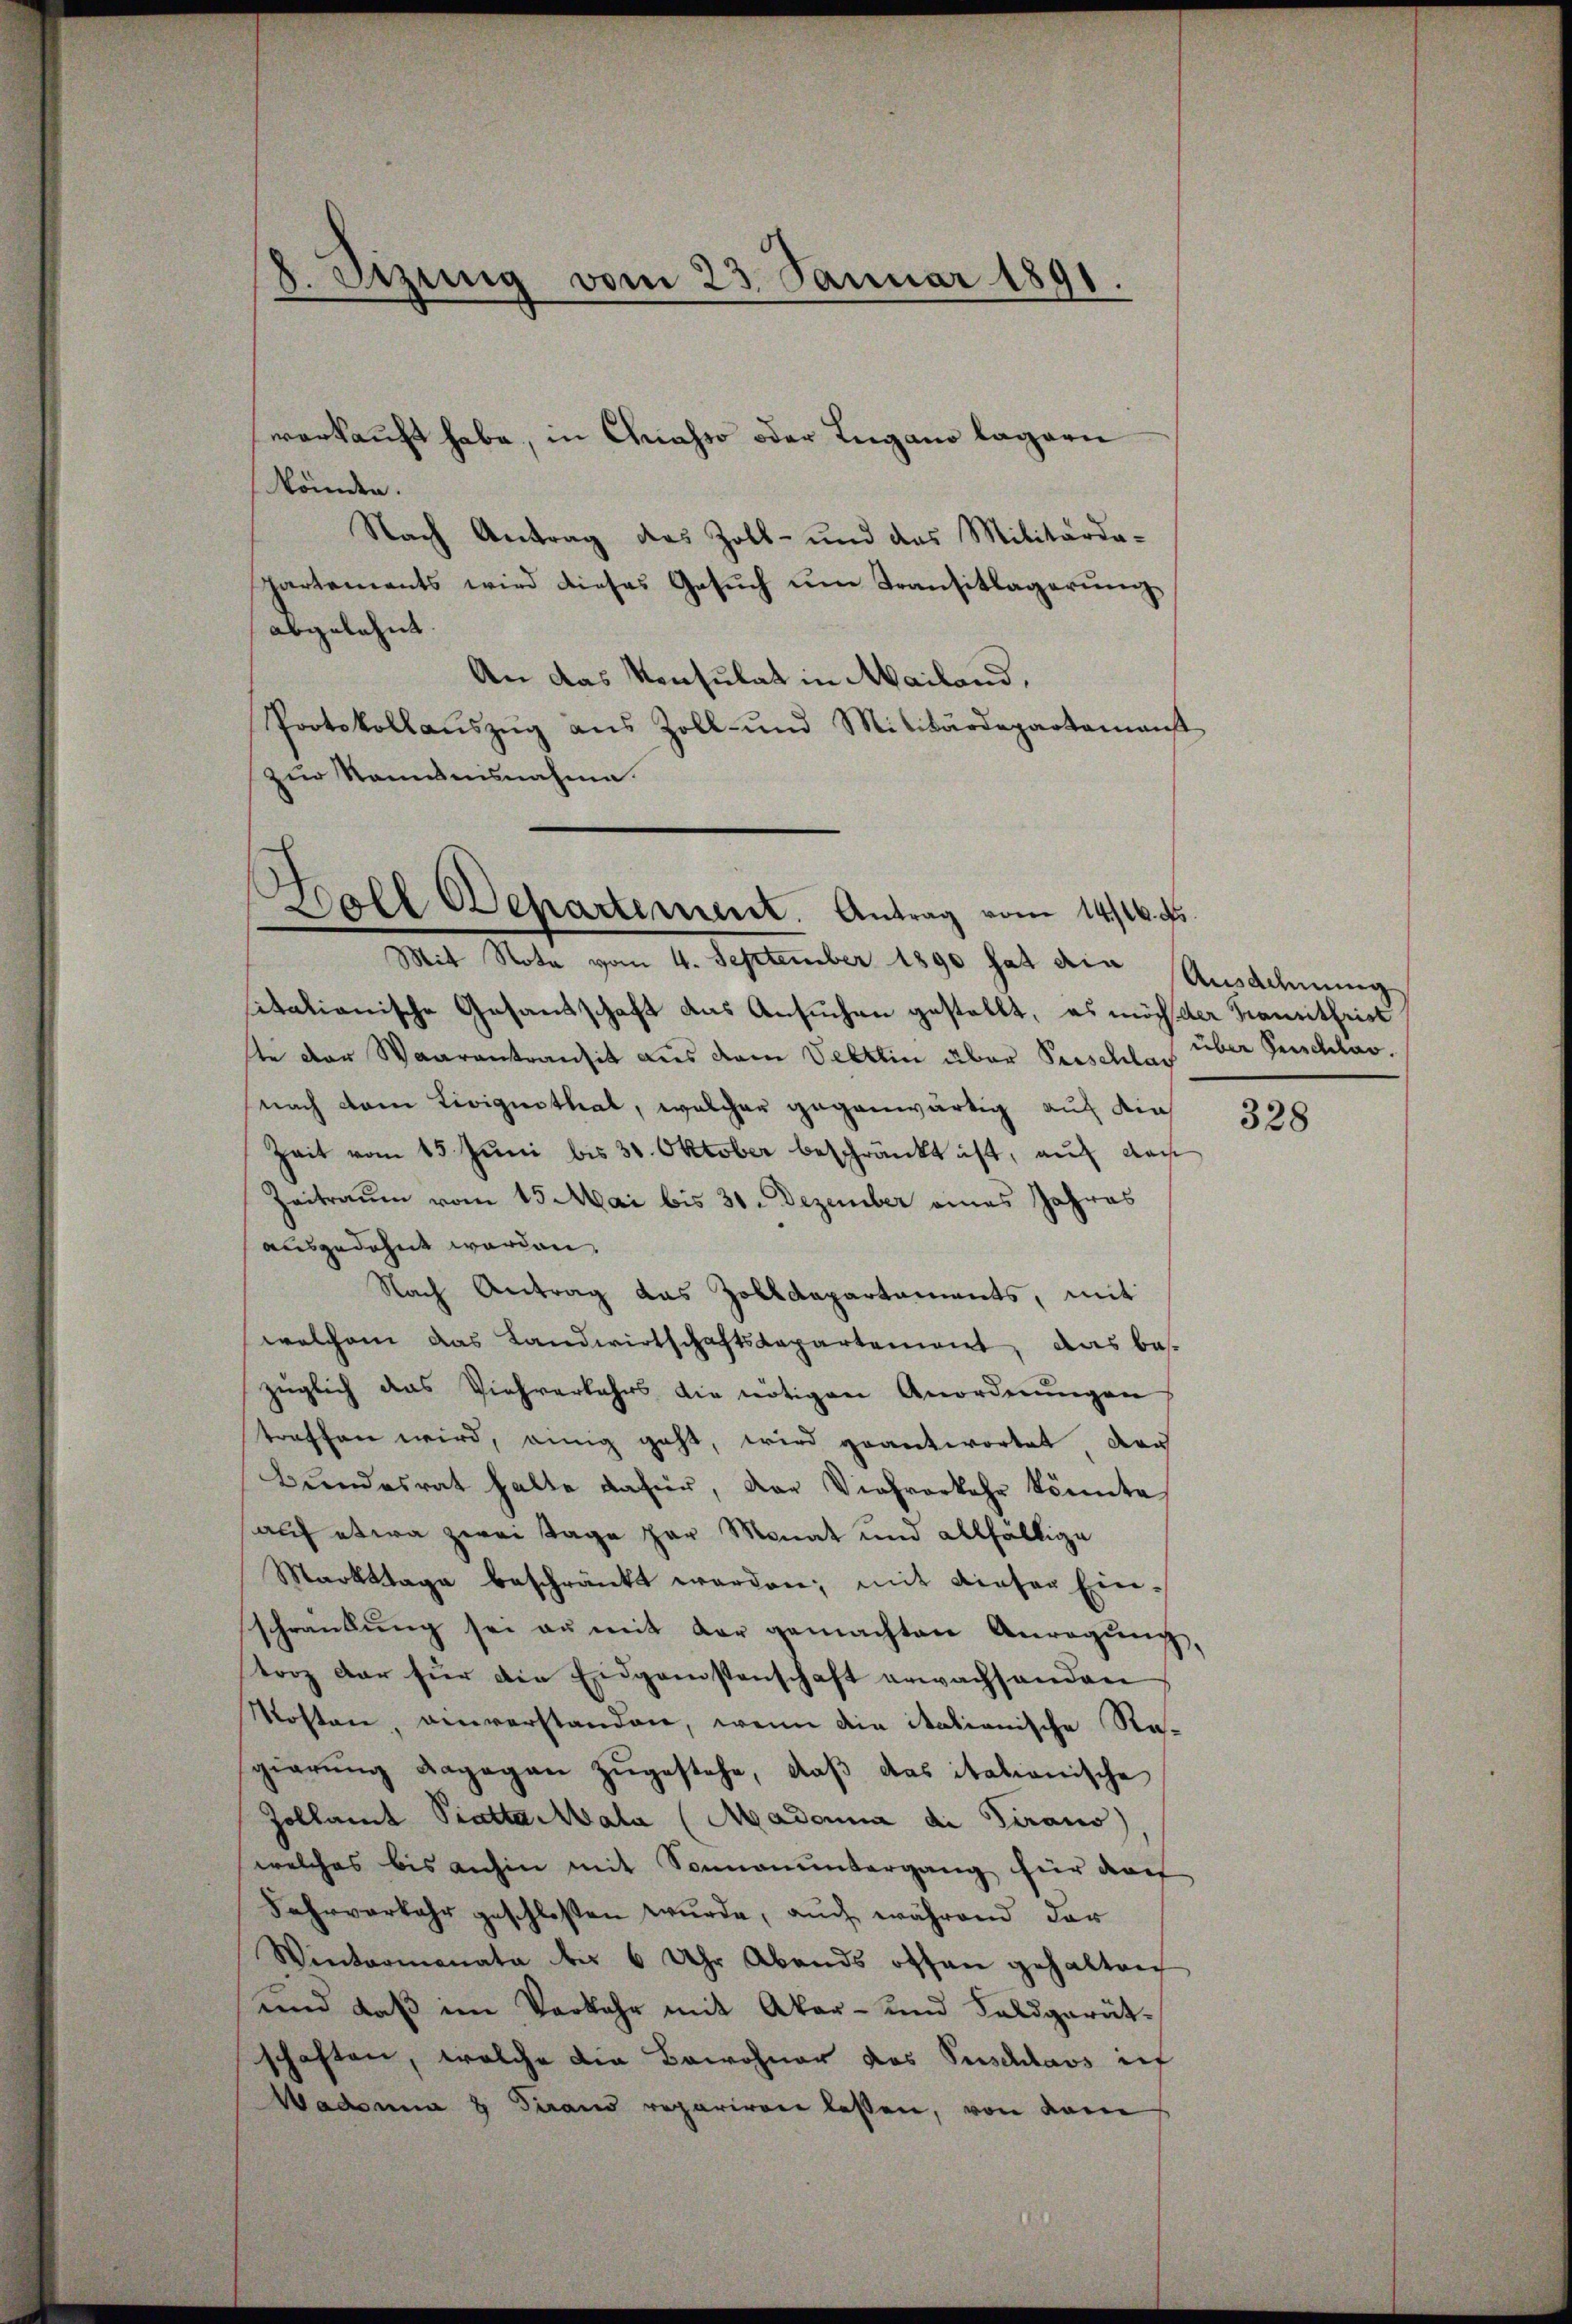
8. Setzung vom 23. Januar 1891.

verkauft habe, in Chiasso oder Lugano lagern
Wänden.
Nach Antrag das Zoll- und das Militärda-
Partements wird dieses Gesŭch ŭm Transitlagerŭng
abgelehnt. |
An das Konsulat in Mailand,
Protokollaŭszŭg ans Zoll- und Militärdepartamanst
zur Nominisnahme

sitationische Gesandschaft das Ansuchen gestellt, es möchter Trauritfrist
ste der Waarentransit aus dem Veltlin über Perschlag
nach dem Liviguethal, welcher gegenwärtig auf die
Zeit vom 15. Juni bis 30. Oktober beschränkt ist, auf das
Zeitraum vom 15. Mai bis 31. Dezember eines Jahres
ausgedehnt worden.
Nach Antrag das Zolldepartements, mit
welchem das Landwirtschaftsdepartement, das beszüglich das Viehverkehrs die nötigen Anordnŭngen
treffen wird, einig geht, wird geantwortet der
Bundesrat halte dafür, der Viehverkehr könnte,
auf etwa zwei Tage par Monat und allfällige
Markttage beschränkt werden; mit dieser Einschränkung sei au mit der gemachten Anregung,
troz dar hier die Eidgenstenschaft erwachsenden
Mosten, einverstanden, wenn die itationische Regierung dagegen zugestehe, daß das italionische
Zollamt Viattacala (Madonna di Piraus
welches bis anhin mit Sonnenuntergang hier darf
Sehrverkehr geschlossen wurde, auch während der
Wintermonata der 6 Uhr Abends offen gehalten
und daß im Verkehr mit Aker- und Feldgarätschaften, welche die Bewohner das Puschlavs inf
Wadonna 2 Teraus repariren lassen, von dem

Ball Departement. Antrag vom 14/16. ds.
Mit Note vom 4. September 1890 hat die Ausdehnung

über Seuchlag.

328